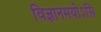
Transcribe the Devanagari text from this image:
विज्ञानमयोऽसि